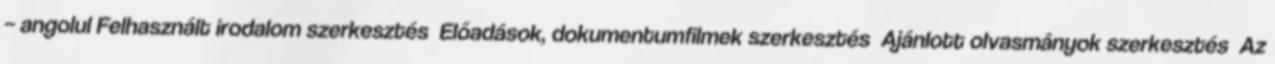
– angolul Felhasznált irodalom szerkesztés Előadások, dokumentumfilmek szerkesztés Ajánlott olvasmányok szerkesztés Az